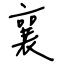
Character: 襄